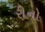
રીનો